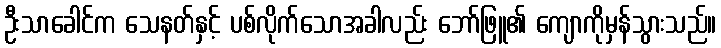
ဦးသာခေါင်က သေနတ်နှင့် ပစ်လိုက်သောအခါလည်း ဘော်ဖြူ၏ ကျောကိုမှန်သွားသည်။